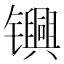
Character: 𬮀